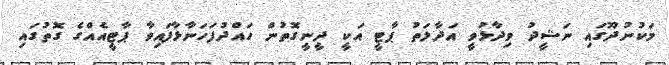
މަކުނުދޫގައި ނަޝީދު ވިދާޅުވީ އަދާލަތު ޕާޓީ އަކީ ދީނީގޮތުން ހައްދުފަހަނާޅާފައިވާ ޕާޓީއެއްގެ ގޮތުގައި